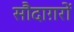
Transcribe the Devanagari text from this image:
सौदाग़रों